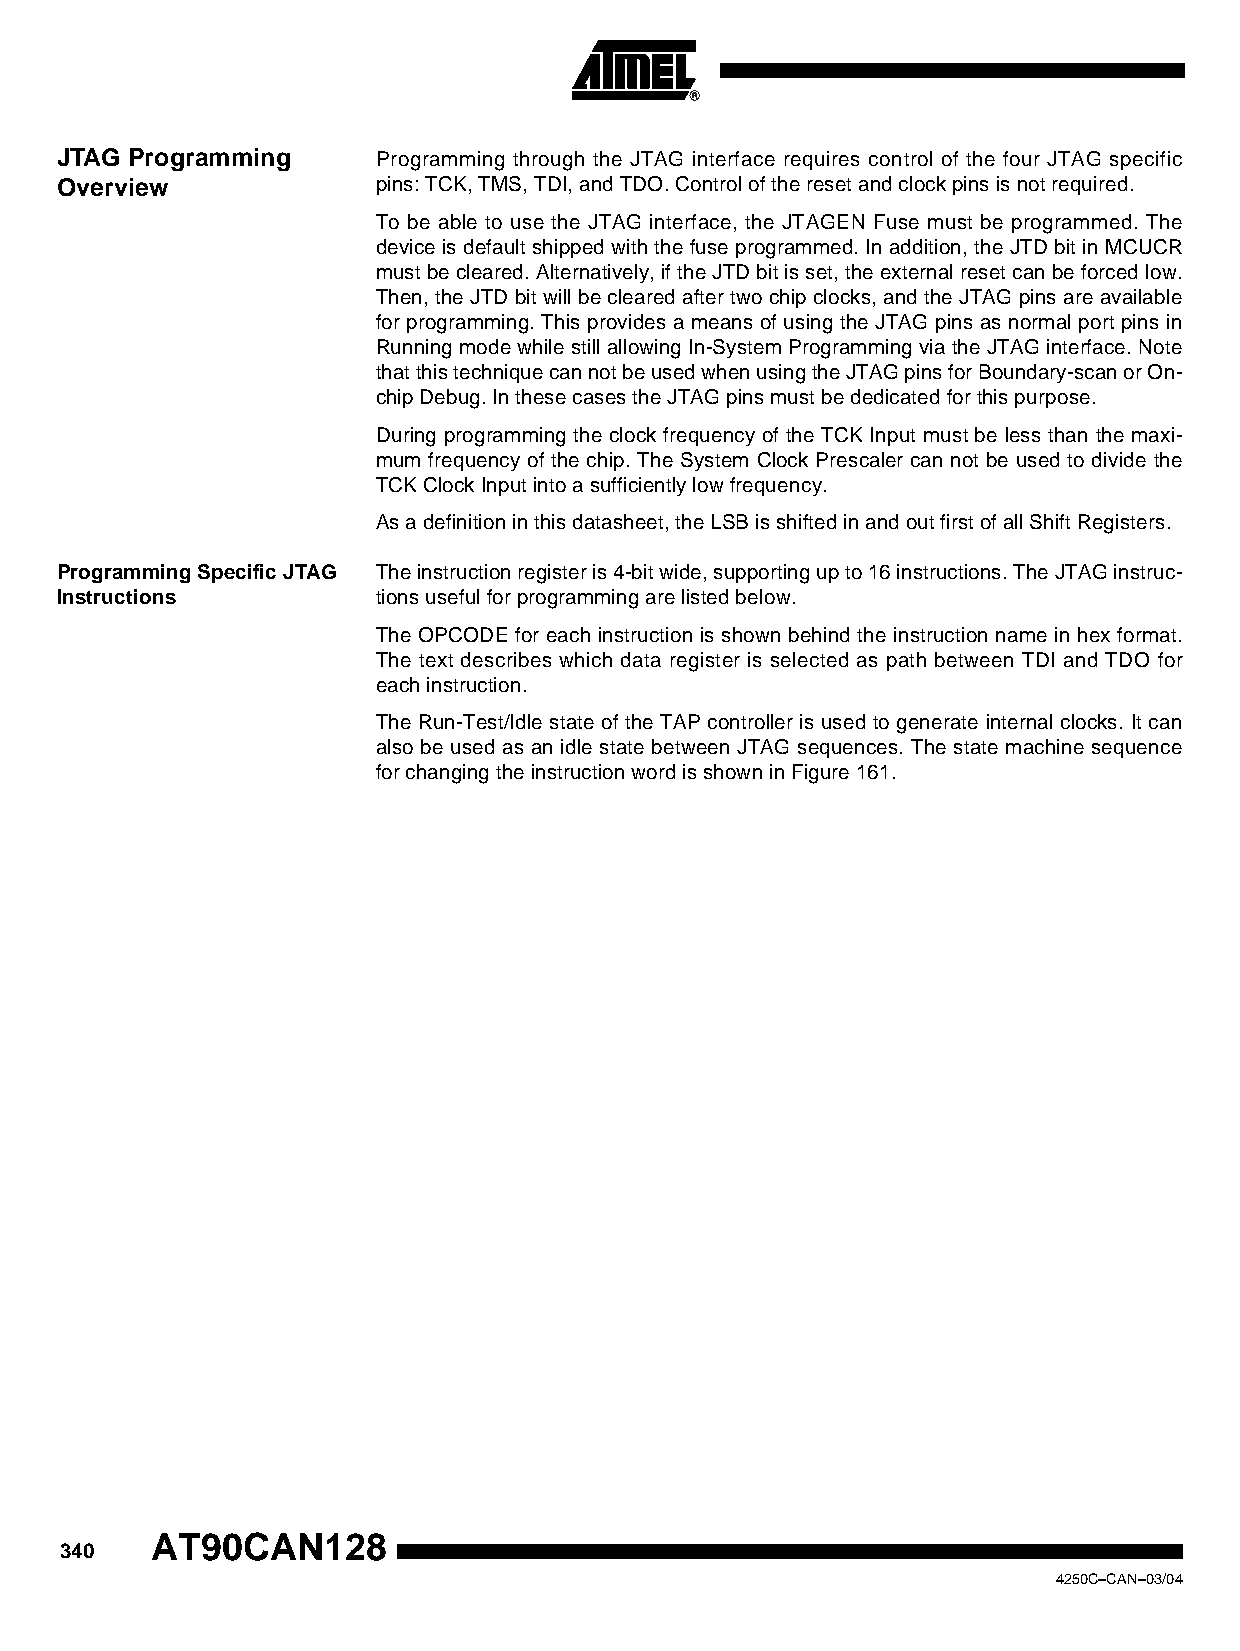
JTAG Programming     Programming through the JTAG interface requires control of the four JTAG specific
 Overview             pins: TCK, TMS, TDI, and TDO. Control of the reset and clock pins is not required.
 To be able to use the JTAG interface, the JTAGEN Fuse must be programmed. The
 device is default shipped with the fuse programmed. In addition, the JTD bit in MCUCR
 must be cleared. Alternatively, if the JTD bit is set, the external reset can be forced low.
 Then, the JTD bit will be cleared after two chip clocks, and the JTAG pins are available
 for programming. This provides a means of using the JTAG pins as normal port pins in
 Running mode while still allowing In-System Programming via the JTAG interface. Note
 that this technique can not be used when using the JTAG pins for Boundary-scan or On-
 chip Debug. In these cases the JTAG pins must be dedicated for this purpose.
 During programming the clock frequency of the TCK Input must be less than the maxi-
 mum frequency of the chip. The System Clock Prescaler can not be used to divide the
 TCK Clock Input into a sufficiently low frequency.
 As a definition in this datasheet, the LSB is shifted in and out first of all Shift Registers.
 Programming Specific JTAG The instruction register is 4-bit wide, supporting up to 16 instructions. The JTAG instruc-
 Instructions         tions useful for programming are listed below.
 The OPCODE for each instruction is shown behind the instruction name in hex format.
 The text describes which data register is selected as path between TDI and TDO for
 each instruction.
 The Run-Test/Idle state of the TAP controller is used to generate internal clocks. It can
 also be used as an idle state between JTAG sequences. The state machine sequence
 for changing the instruction word is shown in Figure 161.
 AT90CAN128
 340
 4250C–CAN–03/04